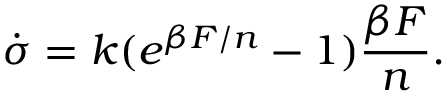
\dot { \sigma } = k ( e ^ { \beta F / n } - 1 ) \frac { \beta F } { n } .